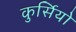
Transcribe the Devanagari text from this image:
कुर्सियो